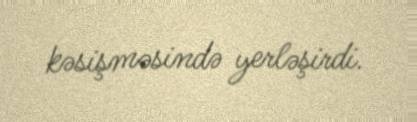
kəsişməsində yerləşirdi.